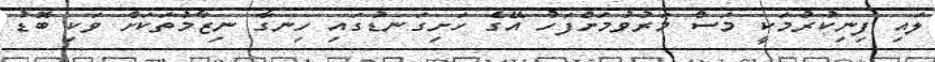
ލައި ފިނިކުރުމަކީ މަސް މަރުވުމަށްފަހު އޭގެ ހަށިގަނޑުގައި ހިނގާ ނިޒާމުތަކަށް ވަކި ބޮޑު